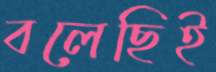
বলেছিই